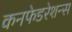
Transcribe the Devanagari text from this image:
कनफेडरेशन्स